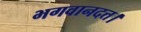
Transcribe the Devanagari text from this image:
भगवानदत्त।